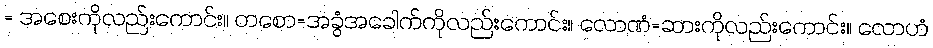
= အစေးကိုလည်းကောင်း။ တစော=အခွံအခေါက်ကိုလည်းကောင်း။ လောဏံ=ဆားကိုလည်းကောင်း။ လောဟံ